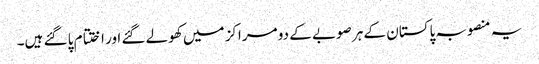
یہ منصوبہ پاکستان کے ہر صوبے کے دو مراکز میں کھولے گئے اور اختتام پا گئے ہیں۔